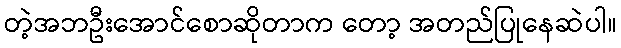
တဲ့အဘဦးအောင်စောဆိုတာက တော့ အတည်ပြုနေဆဲပါ။